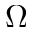
\boldsymbol { \Omega }